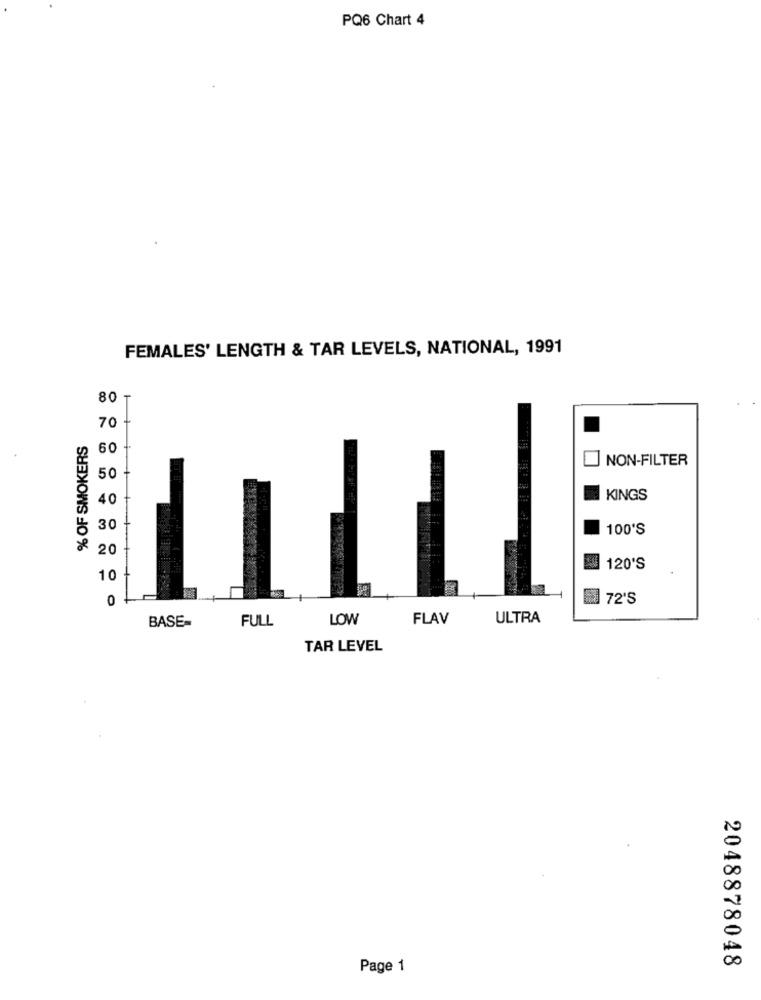
PQ6 Chart 4
FEMALES' LENGTH & TAR LEVELS, NATIONAL, 1991
80 -
70
% OF SMOKERS
60
NON-FILTER
50
40
KINGS
30
100'S
20
120'S
10
0
72'S
BASE-
FULL
LOW
FLAV
ULTRA
TAR LEVEL
2048878048
Page 1